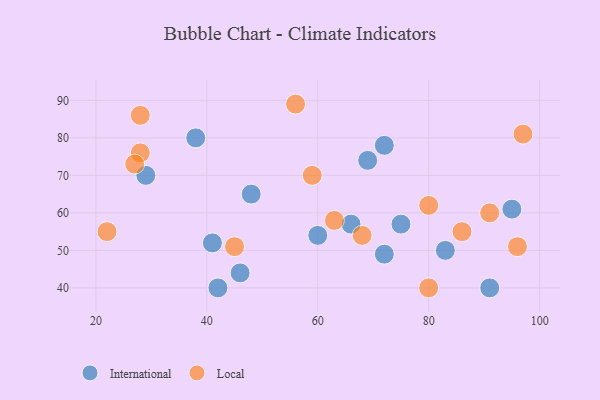
{"axis": {"x": "GDP", "y": "Life Expectancy"}, "legend": ["International", "Local"], "data": [{"x": "41", "y": 52, "type": "International"}, {"x": "60", "y": 54, "type": "International"}, {"x": "46", "y": 44, "type": "International"}, {"x": "66", "y": 57, "type": "International"}, {"x": "91", "y": 40, "type": "International"}, {"x": "38", "y": 80, "type": "International"}, {"x": "48", "y": 65, "type": "International"}, {"x": "72", "y": 78, "type": "International"}, {"x": "29", "y": 70, "type": "International"}, {"x": "42", "y": 40, "type": "International"}, {"x": "83", "y": 50, "type": "International"}, {"x": "95", "y": 61, "type": "International"}, {"x": "69", "y": 74, "type": "International"}, {"x": "72", "y": 49, "type": "International"}, {"x": "75", "y": 57, "type": "International"}, {"x": "28", "y": 76, "type": "Local"}, {"x": "27", "y": 73, "type": "Local"}, {"x": "59", "y": 70, "type": "Local"}, {"x": "28", "y": 86, "type": "Local"}, {"x": "22", "y": 55, "type": "Local"}, {"x": "45", "y": 51, "type": "Local"}, {"x": "63", "y": 58, "type": "Local"}, {"x": "97", "y": 81, "type": "Local"}, {"x": "80", "y": 40, "type": "Local"}, {"x": "68", "y": 54, "type": "Local"}, {"x": "91", "y": 60, "type": "Local"}, {"x": "56", "y": 89, "type": "Local"}, {"x": "86", "y": 55, "type": "Local"}, {"x": "96", "y": 51, "type": "Local"}, {"x": "80", "y": 62, "type": "Local"}]}